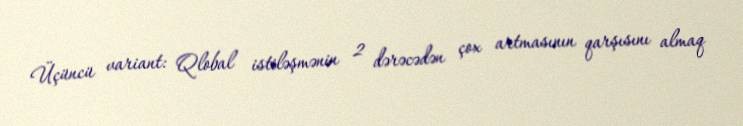
Üçüncü variant: Qlobal istiləşmənin 2 dərəcədən çox artmasının qarşısını almaq